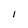
Character: I